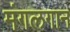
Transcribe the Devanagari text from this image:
मंगलगान